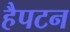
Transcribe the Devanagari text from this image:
हैपटन